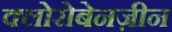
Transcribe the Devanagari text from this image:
क्लोरोबेनज़ीन